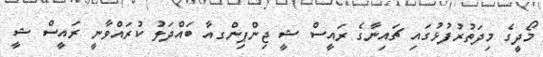
މޯދީގެ މިދަތުރުފުޅުގައި ޗައިނާގެ ރައީސް ޝީ ޖިންޕިންގއާ ބައްދަލު ކުރައްވާނީ ރައީސް ޝީ